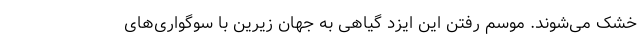
خشک می‌شوند. موسم رفتن این ایزد گیاهی به جهان زیرین با سوگواری‌های